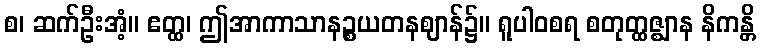
စ၊ ဆက်ဦးအံ့။ ဧတ္ထ၊ ဤအာကာသာနဉ္စယတနဈာန်၌။ ရူပါဝစရ စတုတ္ထဇ္ဈာန နိကန္တိ